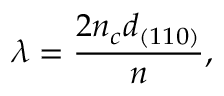
\lambda = \frac { 2 n _ { c } d _ { ( 1 1 0 ) } } { n } ,